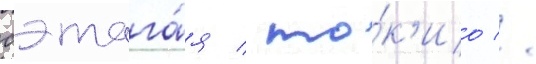
сэтага́я / то́к'ио //